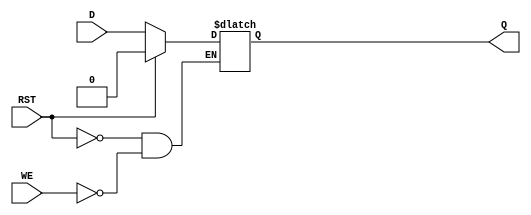
module async_register (
    input wire D,         // Data input
    input wire WE,        // Write Enable
    input wire RST,       // Reset
    output reg Q          // Data output
);

    // Asynchronous logic for reset and write
    always @(*) begin
        if (RST) begin
            Q <= 1'b0;   // Clear the register on reset
        end else if (WE) begin
            Q <= D;      // Capture data on write enable
        end
        // If neither RST nor WE is asserted, Q retains its value
    end

endmodule